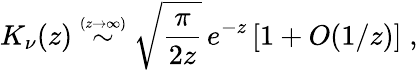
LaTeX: K_{\nu}(z)\stackrel{\scriptscriptstyle(z\rightarrow\infty)}{\sim}\sqrt{\frac{\pi}{2z}}\, e^{-z}\left[1+O(1/z)\right]\; ,